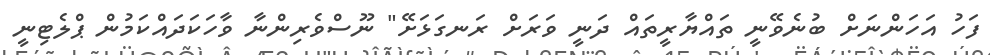
ފަހު އަހަންނަށް ބުނެވޭނީ ތައްޔާރީތައް ދަނީ ވަރަށް ރަނގަޅަށޭ" ނޫސްވެރިންނާ ވާހަކަދައްކަމުން ޕްލެޓިނީ